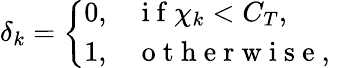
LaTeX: \delta_{k}=\left\{ \begin{array}{ll}{0,}&{\mathrm{~i~f~}\chi_{k}<C_{T},}\\ {1,}&{\mathrm{~o~t~h~e~r~w~i~s~e~,~}}\end{array}\right.